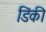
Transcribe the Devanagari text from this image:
डिंकी